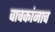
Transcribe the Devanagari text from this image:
वाचकांनाच